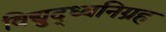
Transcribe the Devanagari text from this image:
विद्युद्ध्वनिग्रह